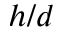
h / d